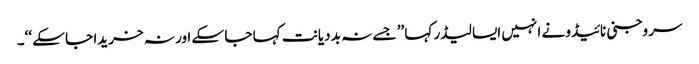
سر وجنی نائیڈو نے انہیں ایسا لیڈر کہا ’’ جسے نہ بد دیانت کہا جا سکے اور نہ خریدا جا سکے ‘‘۔